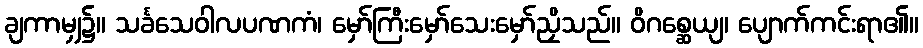
ချကာမျှ၌။ သင်္ခသေဝါလပဏကံ၊ မှော်ကြီးမှော်သေးမှော်ညှိသည်။ ဝိဂစ္ဆေယျ၊ ပျောက်ကင်းရာ၏။